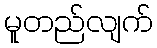
မူတည်လျက်